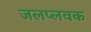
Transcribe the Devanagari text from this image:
जलप्लवक